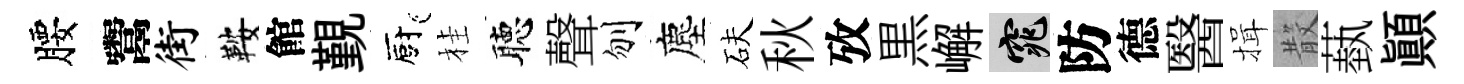
腰鬻街鞍館覲廚桂聴聲刎塵砆秋攷黒嶰窕防德醫揖𣪚蓺顚